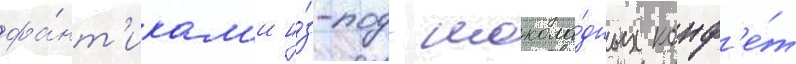
фа́нт'икам'и и́з-под шокола́дных конф'е́т